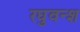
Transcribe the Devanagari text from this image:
रघुवन्श